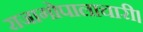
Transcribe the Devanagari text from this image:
राजागोपालाचारी।